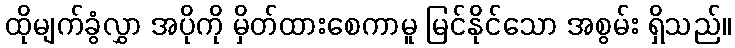
ထိုမျက်ခွံလွှာ အပိုကို မှိတ်ထားစေကာမူ မြင်နိုင်သော အစွမ်း ရှိသည်။